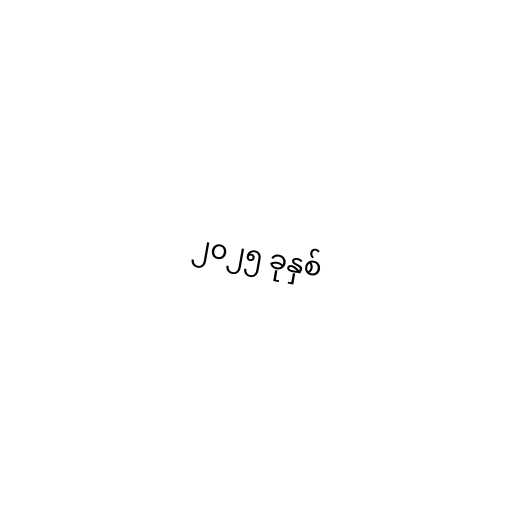
၂၀၂၅ ခုနှစ်